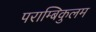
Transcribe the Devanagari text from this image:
पराम्बिकुलम